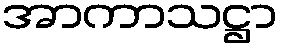
အာကာသဋ္ဌာ